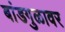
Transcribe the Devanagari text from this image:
बांडगुळावर